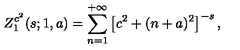
Z _ { 1 } ^ { c ^ { 2 } } ( s ; 1 , a ) = \sum _ { n = 1 } ^ { + \infty } \left[ c ^ { 2 } + ( n + a ) ^ { 2 } \right] ^ { - s } ,